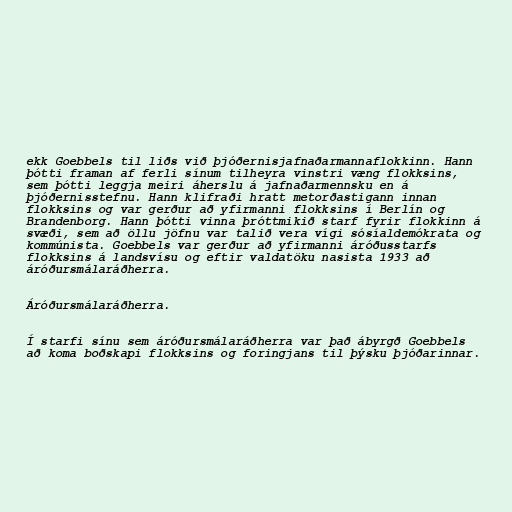
ekk Goebbels til liðs við þjóðernisjafnaðarmannaflokkinn. Hann
þótti framan af ferli sínum tilheyra vinstri væng flokksins,
sem þótti leggja meiri áherslu á jafnaðarmennsku en á
þjóðernisstefnu. Hann klifraði hratt metorðastigann innan
flokksins og var gerður að yfirmanni flokksins í Berlín og
Brandenborg. Hann þótti vinna þróttmikið starf fyrir flokkinn á
svæði, sem að öllu jöfnu var talið vera vígi sósíaldemókrata og
kommúnista. Goebbels var gerður að yfirmanni áróðusstarfs
flokksins á landsvísu og eftir valdatöku nasista 1933 að
áróðursmálaráðherra.

Áróðursmálaráðherra.

Í starfi sínu sem áróðursmálaráðherra var það ábyrgð Goebbels
að koma boðskapi flokksins og foringjans til þýsku þjóðarinnar.